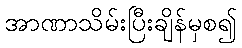
အာဏာသိမ်းပြီးချိန်မှစ၍